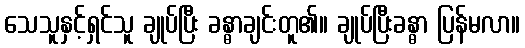
သေသူနှင့်ရှင်သူ ချုပ်ပြီး ခန္ဓာချင်းတူ၏။ ချုပ်ပြီးခန္ဓာ ပြန်မလာ။